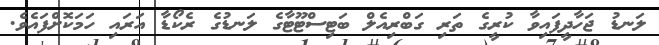
ލަނޑު ޖަހާދީފައިވާ ކުރީގެ ތަރި ގަބްރިއެލް ބަޓިސްޓޫޓާގެ ލަނޑުގެ ރެކޯޑާ އަރައި ހަމަކޮށްފައެވެ.